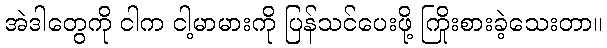
အဲဒါတွေကို ငါက ငါ့မာမားကို ပြန်သင်ပေးဖို့ ကြိုးစားခဲ့သေးတာ။